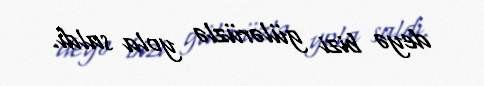
deyə bizi gülərüzlə yola saldı.